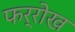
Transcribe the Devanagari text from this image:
फर्रोख